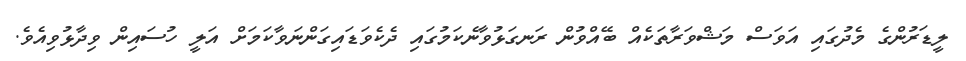
ލީޑަރުންގެ މެދުގައި އަވަސް މަޝްވަރާތަކެއް ބޭއްވުން ރަނގަޅުވާނެކަމުގައި ދެކެވަޑައިގަންނަވާކަމަށް އަލީ ހުސައިން ވިދާޅުވިއެވެ.